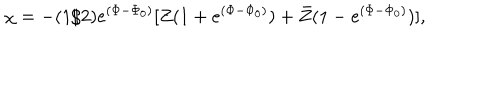
\chi = - ( 1 / 2 ) e ^ { ( \Phi - \Phi _ { 0 } ) } [ Z ( 1 + e ^ { ( \Phi - \Phi _ { 0 } ) } ) + \bar { Z } ( 1 - e ^ { ( \Phi - \Phi _ { 0 } ) } ) ] ,